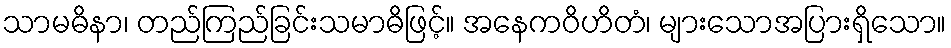
သာမဓိနာ၊ တည်ကြည်ခြင်းသမာဓိဖြင့်။ အနေကဝိဟိတံ၊ များသောအပြားရှိသော။